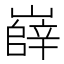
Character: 嶭